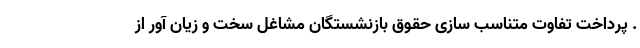
. پرداخت تفاوت متناسب سازی حقوق بازنشستگان مشاغل سخت و زیان آور از